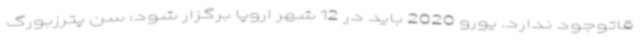
قاتوجود ندارد. یورو 2020 باید در 12 شهر اروپا برگزار شود: سن پترزبورگ